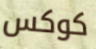
كوكس